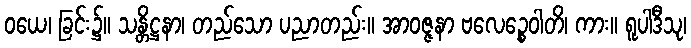
ဝယေ၊ ခြင်း၌။ သန္တိဋ္ဌနာ၊ တည်သော ပညာတည်း။ အာဝဇ္ဇနာ ဗလေဉ္စေဝါတိ၊ ကား။ ရူပါဒီသု၊